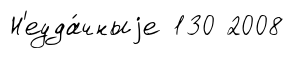
Н'еуда́чныjе 130 2008